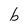
Character: b